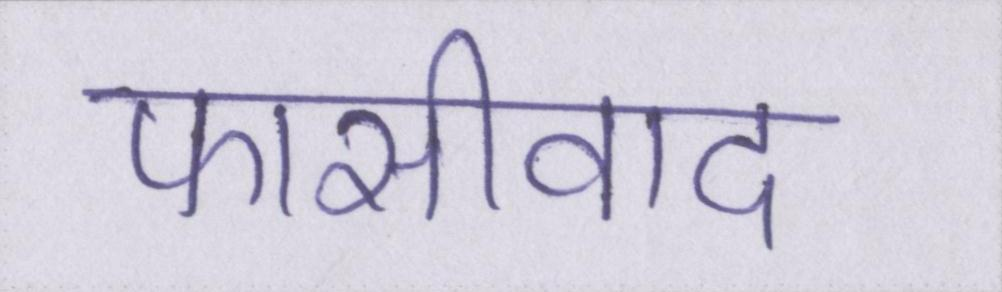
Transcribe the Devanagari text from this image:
फासीवाद